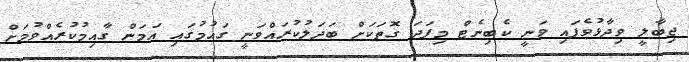
ޖިބާލީ ވިދާޅުވެފައި ވަނީ ކެބިނެޓް މިފަދަ ގޮތަކަށް ބަދަލުކުރައްވަނީ ގައުމުގައި އަމަން ގާއިމުކުރެއްވުމަށް